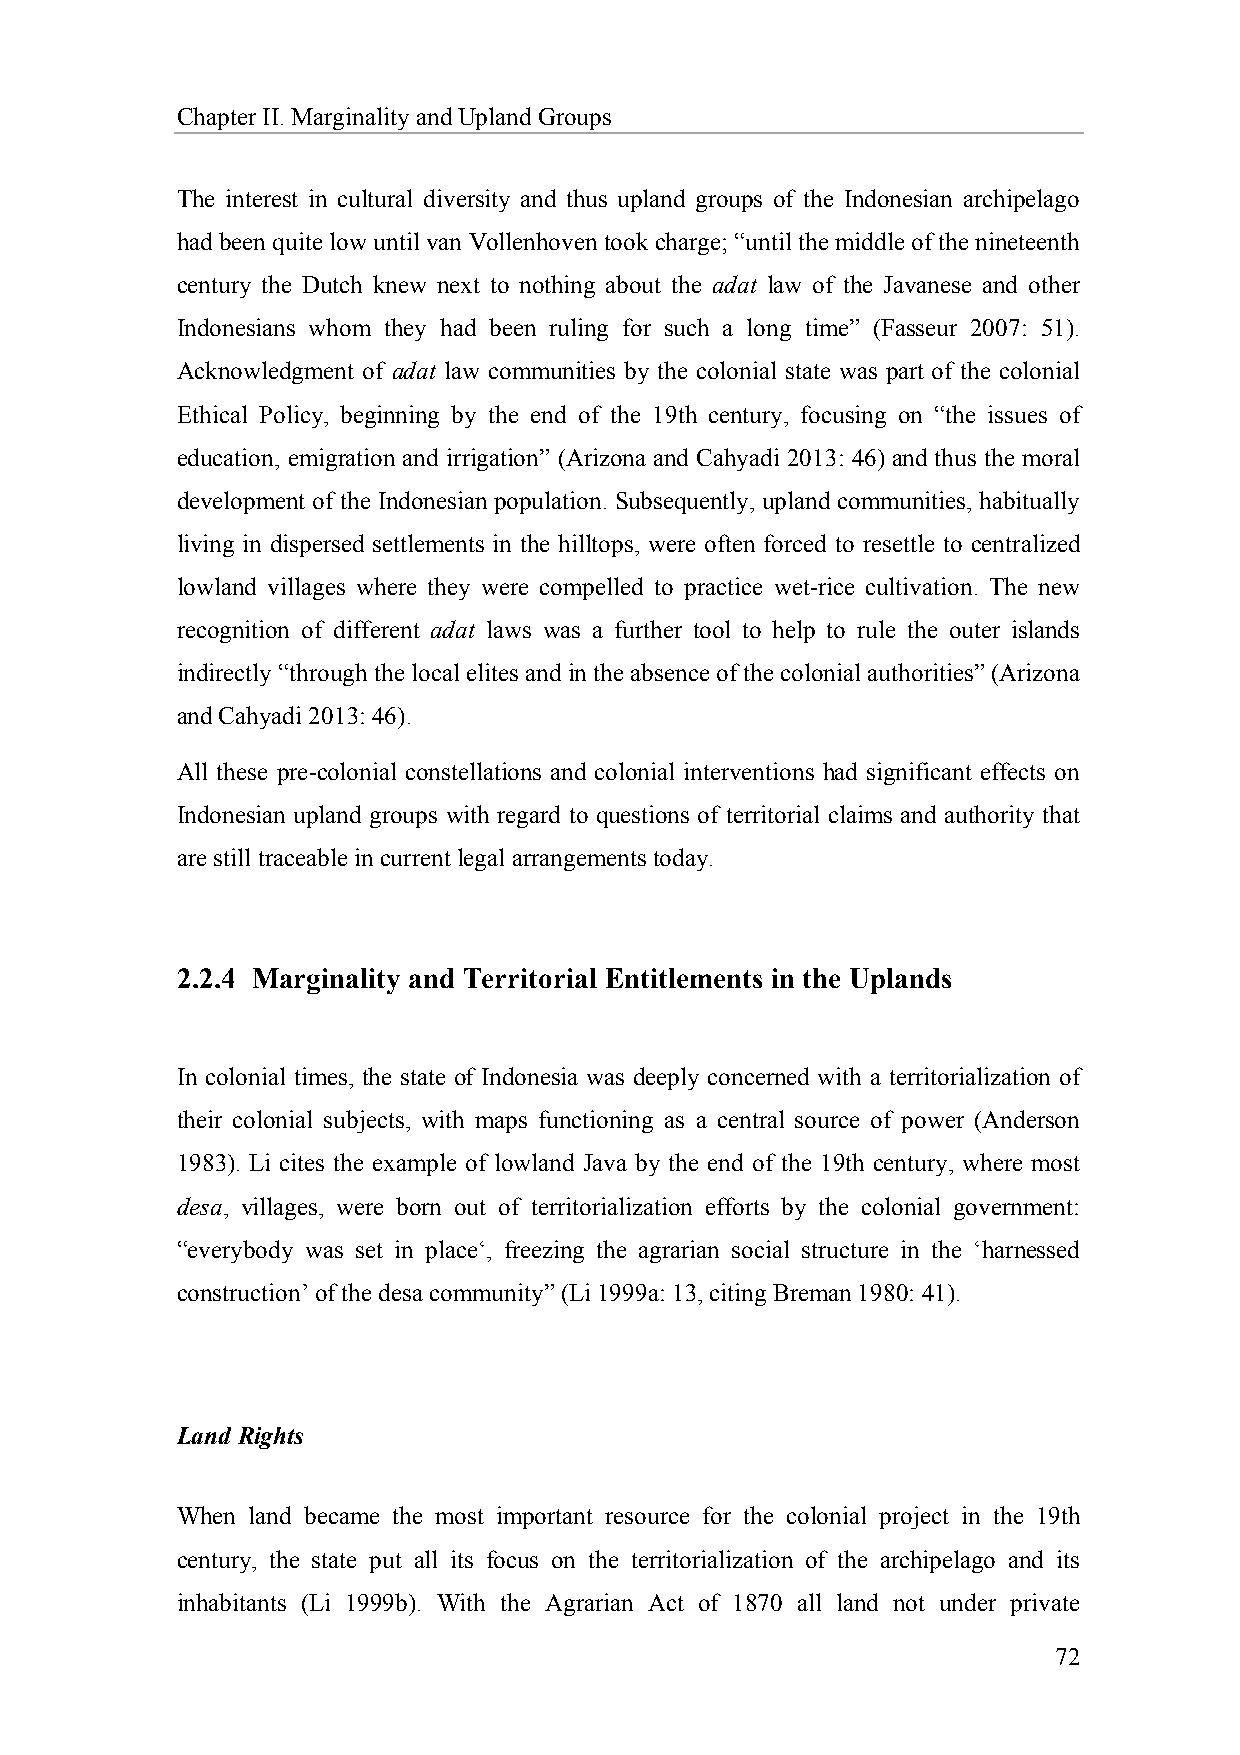
Chapter II. Marginality and Upland Groups
 The interest in cultural diversity and thus upland groups of the Indonesian archipelago
 had been quite low until van Vollenhoven took charge; “until the middle of the nineteenth
 century the Dutch knew next to nothing about the adat law of the Javanese and other
 Indonesians whom they had been ruling for such a long time” (Fasseur 2007: 51).
 Acknowledgment of adat law communities by the colonial state was part of the colonial
 Ethical Policy, beginning by the end of the 19th century, focusing on “the issues of
 education, emigration and irrigation” (Arizona and Cahyadi 2013: 46) and thus the moral
 development of the Indonesian population. Subsequently, upland communities, habitually
 living in dispersed settlements in the hilltops, were often forced to resettle to centralized
 lowland villages where they were compelled to practice wet-rice cultivation. The new
 recognition of different adat laws was a further tool to help to rule the outer islands
 indirectly “through the local elites and in the absence of the colonial authorities” (Arizona
 and Cahyadi 2013: 46).
 All these pre-colonial constellations and colonial interventions had significant effects on
 Indonesian upland groups with regard to questions of territorial claims and authority that
 are still traceable in current legal arrangements today.
 2.2.4 Marginality and Territorial Entitlements in the Uplands
 In colonial times, the state of Indonesia was deeply concerned with a territorialization of
 their colonial subjects, with maps functioning as a central source of power (Anderson
 1983). Li cites the example of lowland Java by the end of the 19th century, where most
 desa, villages, were born out of territorialization efforts by the colonial government:
 “everybody was set in place‘, freezing the agrarian social structure in the ‘harnessed
 construction’ of the desa community” (Li 1999a: 13, citing Breman 1980: 41).
 Land Rights
 When land became the most important resource for the colonial project in the 19th
 century, the state put all its focus on the territorialization of the archipelago and its
 inhabitants (Li 1999b). With the Agrarian Act of 1870 all land not under private
 72